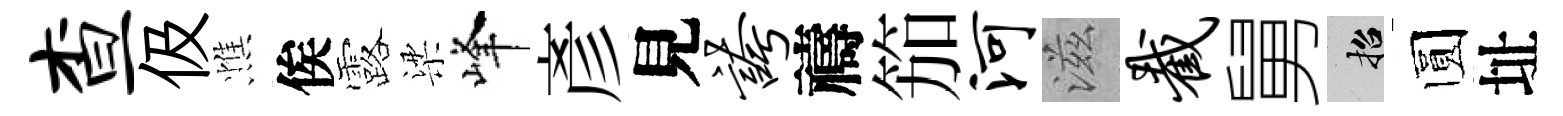
查伋憔俟露梁峰彥見夸禱笳河滋截舅招圆址